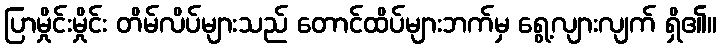
ပြာမှိုင်းမှိုင်း တိမ်လိပ်များသည် တောင်ထိပ်များဘက်မှ ရွေ့လျားလျက် ရှိ၏။